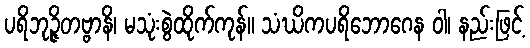
ပရိဘုဉ္ဇိတဗ္ဗာနိ၊ မသုံးစွဲထိုက်ကုန်။ သံဃိကပရိဘောဂေန ဝါ၊ နည်းဖြင့်